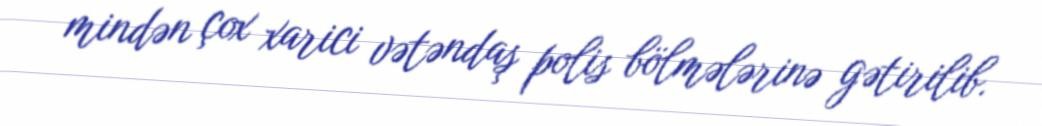
mindən çox xarici vətəndaş polis bölmələrinə gətirilib.